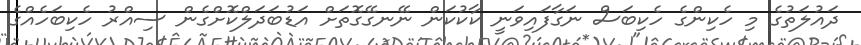
ދައުލަތުގެ މި ހެކިންގެ ހެކިބަސް ނަގާފައިވަނީ ކާކުކަން ނޭނގޭގޮތަށް އަޑުބަދަލްކޮށްގެން ސިއްރު ހެކިބަހެއްގެ